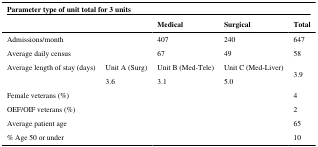
| <COLSPAN=5> Parameter type of unit total for 3 units |
 |  |  | Medical | Surgical | Total |
 | --- | --- | --- | --- | --- |
 | Admissions/month |  | 407 | 240 | 647 |
 | Average daily census |  | 67 | 49 | 58 |
 | Average length of stay (days) | Unit A (Surg) | Unit B (Med-Tele) | Unit C (Med-Liver) | <ROWSPAN=2> 3.9 |
 |  | 3.6 | 3.1 | 5.0 |
 | Female veterans (%) |  |  |  | 4 |
 | OEF/OIF veterans (%) |  |  |  | 2 |
 | Average patient age |  |  |  | 65 |
 | % Age 50 or under |  |  |  | 10 |